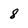
Character: 8